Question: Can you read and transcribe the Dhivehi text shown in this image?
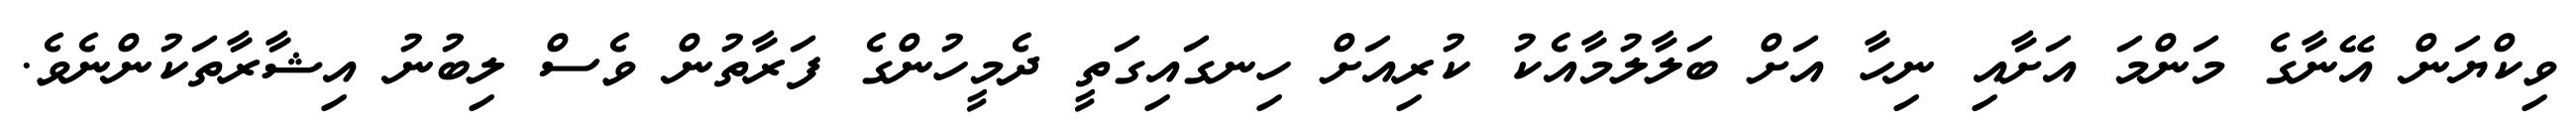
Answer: ވިކްޔަން އޭނާގެ މަންމަ އަށާއި ނިހާ އަށް ބަލާލުމާއެކު ކުރިއަށް ހިނގައިގަތީ ދެމީހުންގެ ފަރާތުން ވެސް ލިބުނު އިޝާރާތަކުންނެވެ.